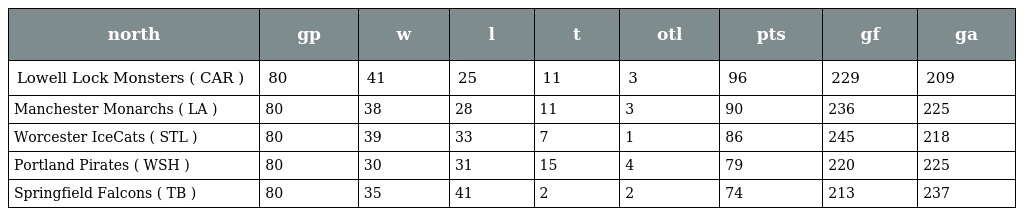
| north | gp | w | l | t | otl | pts | gf | ga |
 | --- | --- | --- | --- | --- | --- | --- | --- | --- |
 | Lowell Lock Monsters ( CAR ) | 80 | 41 | 25 | 11 | 3 | 96 | 229 | 209 |
 | Manchester Monarchs ( LA ) | 80 | 38 | 28 | 11 | 3 | 90 | 236 | 225 |
 | Worcester IceCats ( STL ) | 80 | 39 | 33 | 7 | 1 | 86 | 245 | 218 |
 | Portland Pirates ( WSH ) | 80 | 30 | 31 | 15 | 4 | 79 | 220 | 225 |
 | Springfield Falcons ( TB ) | 80 | 35 | 41 | 2 | 2 | 74 | 213 | 237 |